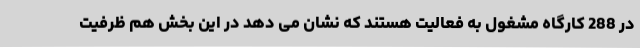
در 288 کارگاه مشغول به فعالیت هستند که نشان می دهد در این بخش هم ظرفیت